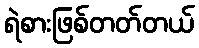
ရဲစားဖြစ်တတ်တယ်